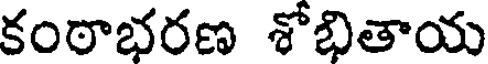
కంఠాభరణ శోభితాయ